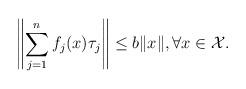
LaTeX: \begin{align*}\left\|\sum_{j=1}^{n}f_j(x)\tau_j\right\|\leq b\|x\|, \forall x \in \mathcal{X}.\end{align*}